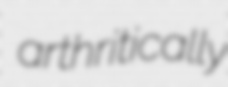
arthritically